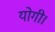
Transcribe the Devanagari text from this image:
योगी।